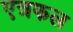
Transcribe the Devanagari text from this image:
एत्रफल